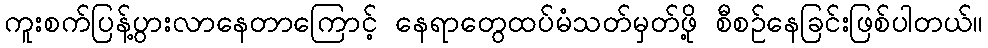
ကူးစက်ပြန့်ပွားလာနေတာကြောင့် နေရာတွေထပ်မံသတ်မှတ်ဖို့ စီစဉ်နေခြင်းဖြစ်ပါတယ်။